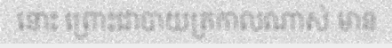
នោះ ព្រោះជាបាយត្រកាលណាស់ មាន